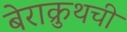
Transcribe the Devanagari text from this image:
बेराक्रुथची